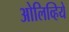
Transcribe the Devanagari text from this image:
ओलिव्हिये